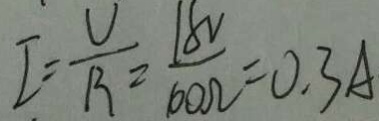
I = \frac { U } { B } = \frac { 1 8 V } { 1 0 0 \Omega } = 0 . 3 A